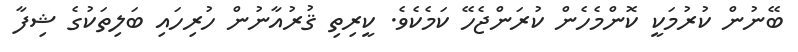
ބޭނުން ކުރުމަކީ ކޮންމެހެން ކުރަންޖެހޭ ކަމެކެވެ. ކީރިތި ޤުރުއާނުން ހުރިހައި ބަލިތަކުގެ ޝިފާ